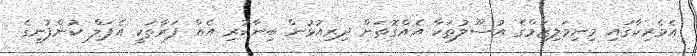
އެމެރިކާގައި މިނިމަލިޒަމްގެ އުސޫލުތަކާ އެއްގޮތަށް ދިރިއުޅުން ބިނާކުރި އެއް ފަރާތަކީ އެޕަލް ކުންފުނީގެ